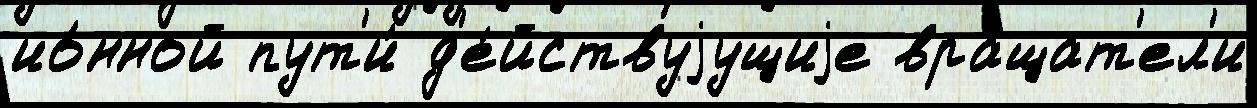
ио́нной пут'и́ д'е́йствуjущиjе вращат'ел'и